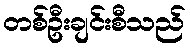
တစ်ဦးချင်းစီသည်